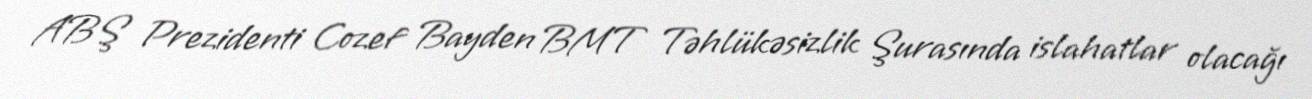
ABŞ Prezidenti Cozef Bayden BMT Təhlükəsizlik Şurasında islahatlar olacağı